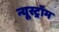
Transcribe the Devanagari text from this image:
न्यूस्ट्रॉम